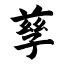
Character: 孳